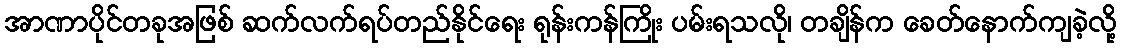
အာဏာပိုင်တခုအဖြစ် ဆက်လက်ရပ်တည်နိုင်ရေး ရုန်းကန်ကြိုး ပမ်းရသလို၊ တချိန်က ခေတ်နောက်ကျခဲ့လို့